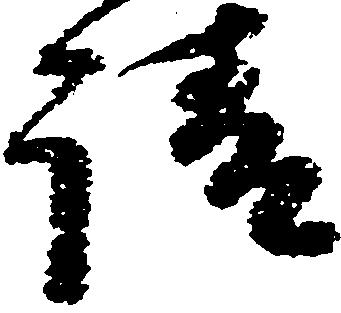
請